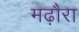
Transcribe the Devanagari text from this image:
मढ़ौरा